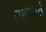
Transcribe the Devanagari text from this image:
सान्गातं